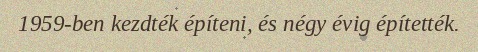
1959-ben kezdték építeni, és négy évig építették.